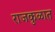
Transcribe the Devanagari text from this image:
राजकुळात